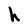
Character: h